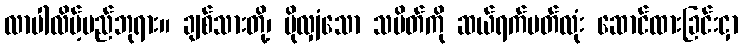
လာပါလိမ့်မည်ဘုရား။ ချစ်သားတို့၊ ပိုလျှံသော သပိတ်ကို ဆယ်ရက်ပတ်လုံး ဆောင်ထားခြင်းငှာ